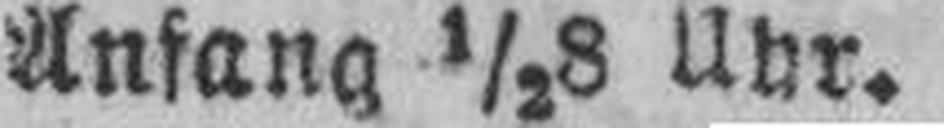
Anfang ½8 Uhr.